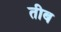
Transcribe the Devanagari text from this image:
तीब